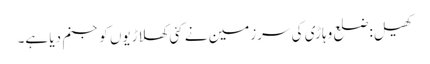
کھیل:ضلع وہاڑی کی سرزمین نے کئی کھلاڑیوں کو جنم دیا ہے۔